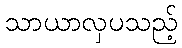
သာယာလှပသည့်